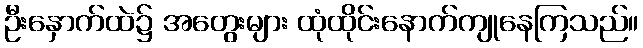
ဦးနှောက်ထဲ၌ အတွေးများ ထုံထိုင်းနောက်ကျုနေကြသည်။